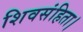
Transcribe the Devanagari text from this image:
शिवसंहिता।